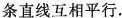
条直线互相平行.